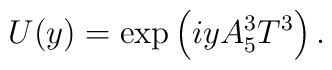
U(y) = \exp \left( i y A_5^3 T^3  \right).